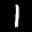
Label: 1